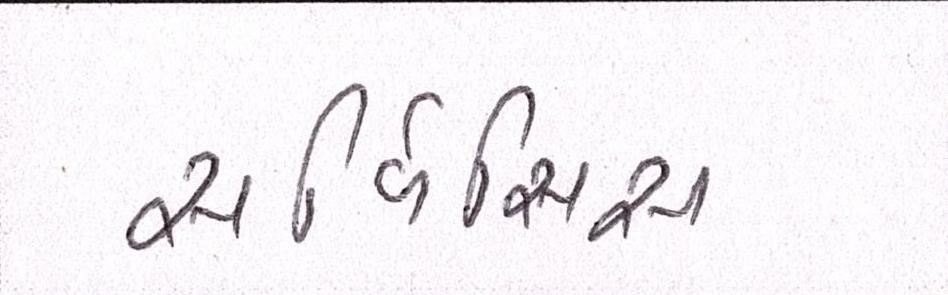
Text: સર્વિસિસ